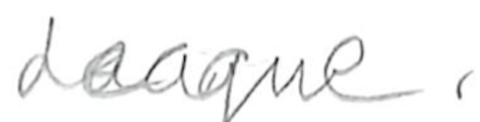
Text: League.
Cross-out: clean
Writing tool: pencil